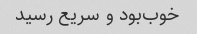
خوب‌بود و سریع رسید